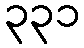
၃၃၁